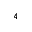
_ 4